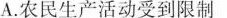
A.农民生产活动受到限制